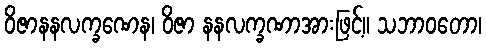
ဝိဇာနနလက္ခဏေန၊ ဝိဇာ နနလက္ခဏာအားဖြင့်။ သဘာဝတော၊